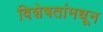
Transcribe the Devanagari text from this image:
विशेषतांमधून